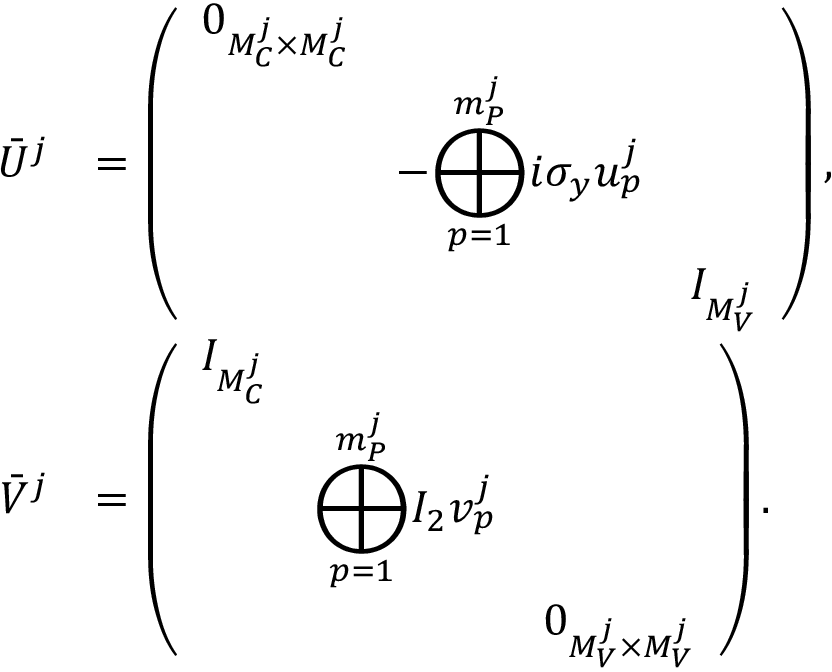
\begin{array} { r l } { \bar { U } ^ { j } } & { = \left( \begin{array} { l l l } { 0 _ { M _ { C } ^ { j } \times M _ { C } ^ { j } } } & & \\ & { - \displaystyle { \bigoplus _ { p = 1 } ^ { m _ { P } ^ { j } } } i \sigma _ { y } u _ { p } ^ { j } } & \\ & & { I _ { M _ { V } ^ { j } } } \end{array} \right) , } \\ { \bar { V } ^ { j } } & { = \left( \begin{array} { l l l } { I _ { M _ { C } ^ { j } } } & & \\ & { \displaystyle { \bigoplus _ { p = 1 } ^ { m _ { P } ^ { j } } } I _ { 2 } v _ { p } ^ { j } } & \\ & & { 0 _ { M _ { V } ^ { j } \times M _ { V } ^ { j } } } \end{array} \right) . } \end{array}